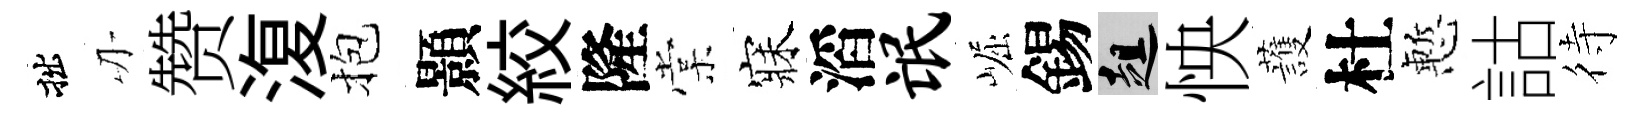
拙刃赞𣸪抱顥絞隆棠寐滔氓崛錫趄怏䕶杜慙詁待